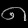
Digit: ၈